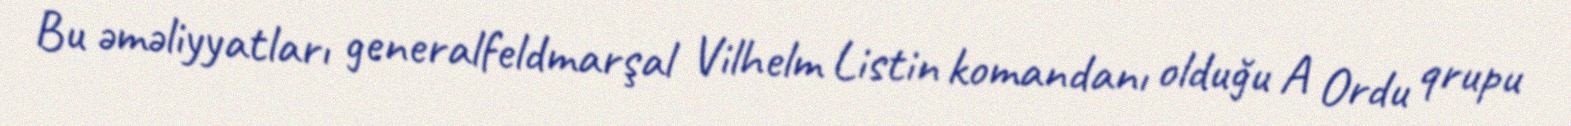
Bu əməliyyatları generalfeldmarşal Vilhelm Listin komandanı olduğu A Ordu qrupu